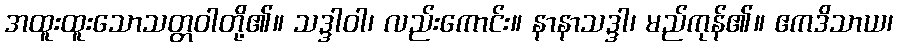
အထူးထူးသောသတ္တဝါတို့၏။ သဒ္ဒါဝါ၊ လည်းကောင်း။ နာနာသဒ္ဒါ၊ မည်ကုန်၏။ ဧကဒိသာယ၊